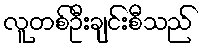
လူတစ်ဦးချင်းစီသည်